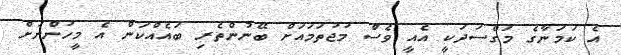
އެ ކަމަނާގެ މަގްސަދަކީ އެއީ ވެސް މުޖުތަމައަށް ބޭނުންތެރި ބައެއްކަން އެ މީހުންނަށް